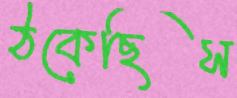
ঠকেছিস